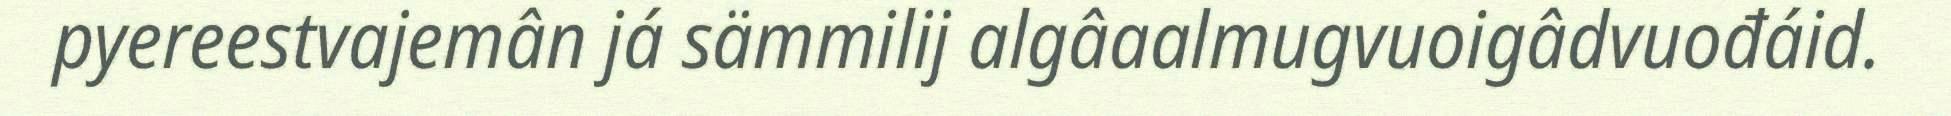
pyereestvajemân já sämmilij algâaalmugvuoigâdvuođáid.